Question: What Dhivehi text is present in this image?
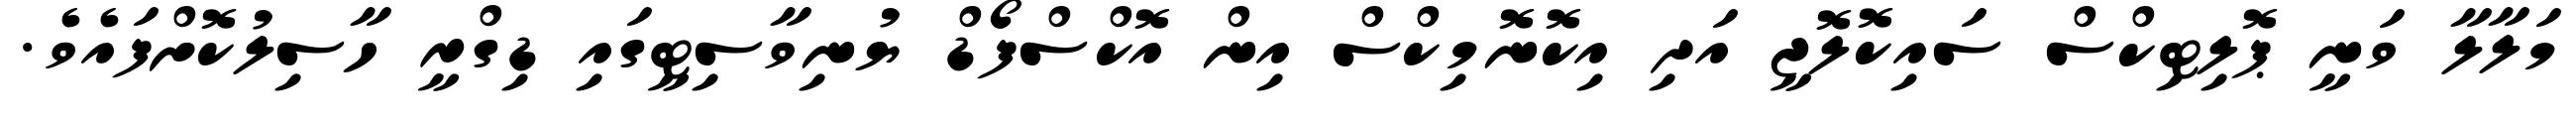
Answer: މަލާލާ ވަނީ ޕޮލިޓިކްސް ސައިކޮލޮޖީ އަދި އިކޮނޮމިކްސް އިން އޮކްސްފޯޑް ޔުނިވާސިޓީގައި ޑިގްރީ ހާސިލުކޮށްފައެވެ.